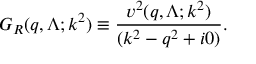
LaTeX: G _ { R } ( q , \Lambda ; k ^ { 2 } ) \equiv \frac { v ^ { 2 } ( q , \Lambda ; k ^ { 2 } ) } { ( k ^ { 2 } - q ^ { 2 } + i 0 ) } .